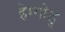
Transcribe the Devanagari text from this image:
हेग्गोडु